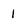
Character: 1